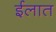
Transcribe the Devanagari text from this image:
ईलात